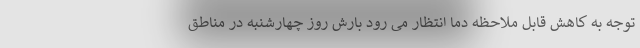
توجه به کاهش قابل ملاحظه دما انتظار می رود بارش روز چهارشنبه در مناطق